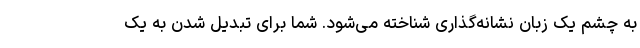
به چشم یک زبان نشانه‌گذاری شناخته می‌شود. شما برای تبدیل شدن به یک